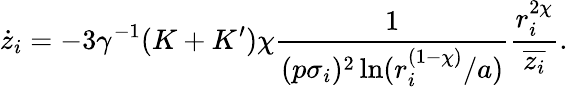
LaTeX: \dot{z}_{i}=-3\gamma^{-1}(K+K^{\prime})\chi\frac{1}{(p\sigma_{i})^{2}\ln(r_{i}^{(1-\chi)}/a)}\frac{r_{i}^{2\chi}}{\overline{{z_{i}}}}.